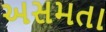
અસમતા